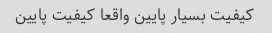
کیفیت بسیار پایین واقعا کیفیت پایین